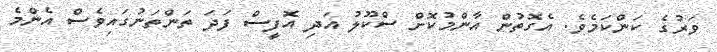
ވަރުގެ ކަންކަމެވެ. އެގޮތުން އާންމުކޮށް ސްކޫލު އަދި އޮފީސް ފަދަ ތަންތަނުގައިވެސް އެންމެ